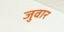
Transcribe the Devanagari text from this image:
जुवार